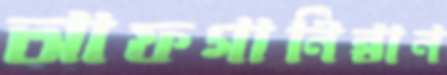
আফগানিন্তান